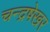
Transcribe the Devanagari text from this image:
चन्द्रषेखर